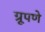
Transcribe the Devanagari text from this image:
ग्रूपणे